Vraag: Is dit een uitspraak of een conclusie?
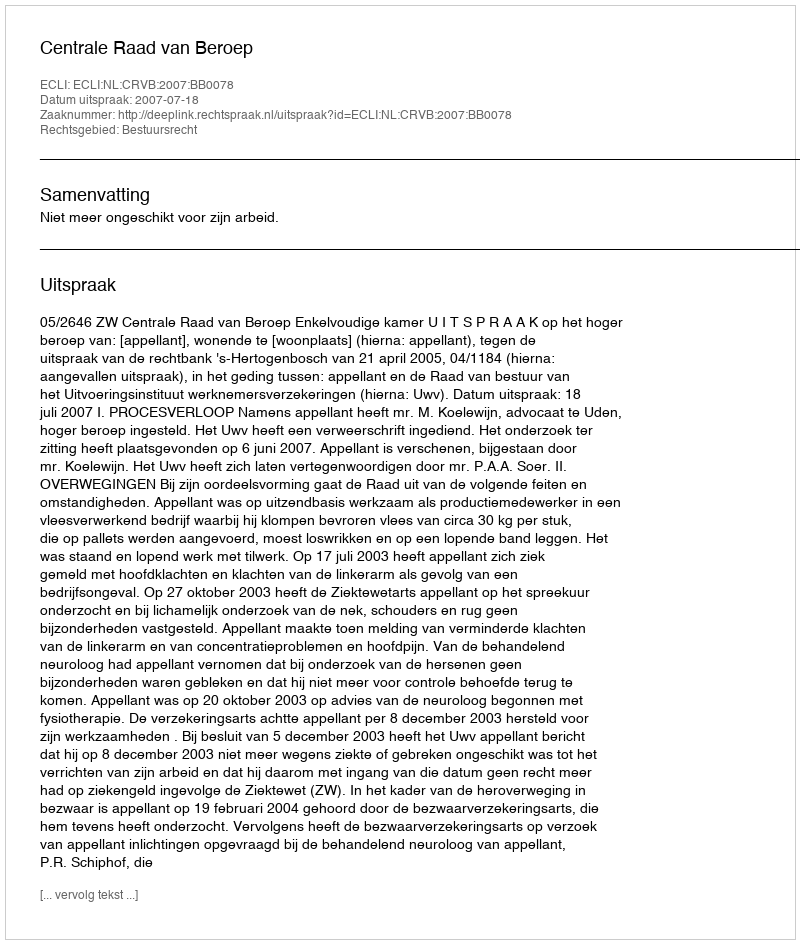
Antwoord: Uitspraak